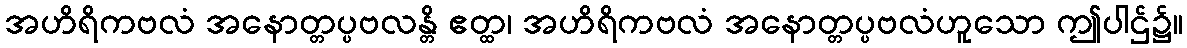
အဟိရိကဗလံ အနောတ္တပ္ပဗလန္တိ ဧတ္ထ၊ အဟိရိကဗလံ အနောတ္တပ္ပဗလံဟူသော ဤပါဌ်၌။